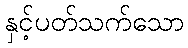
နှင့်ပတ်သက်သော